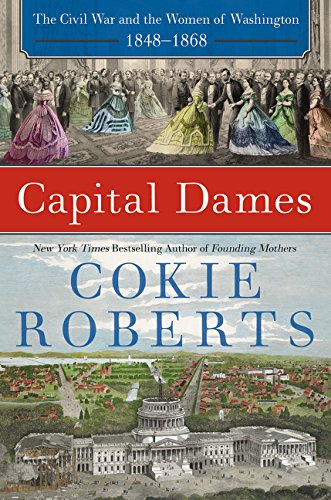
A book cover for Capital Dames: The Civil War and the Women of Washington, 1848-1868; Cokie Roberts; Biographies & Memoirs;